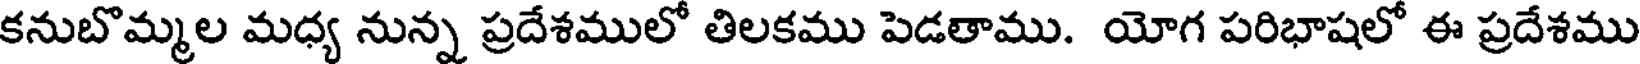
కనుబొమ్మల మధ్య నున్న ప్రదేశములో తిలకము పెడతాము. యోగ పరిభాషలో ఈ ప్రదేశము